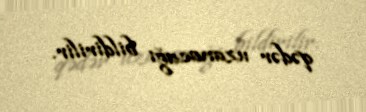
qədər uzanacağı bildirilir.